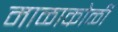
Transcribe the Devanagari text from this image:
माळाकोळी